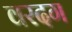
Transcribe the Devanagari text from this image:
वरदग